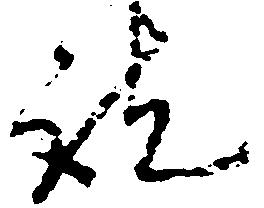
訖